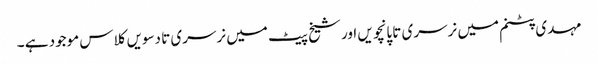
مہدی پٹنم میں نرسری تا پانچویں اور شیخ پیٹ میں نرسری تا دسویں کلاس موجود ہے ۔